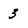
Character: 3